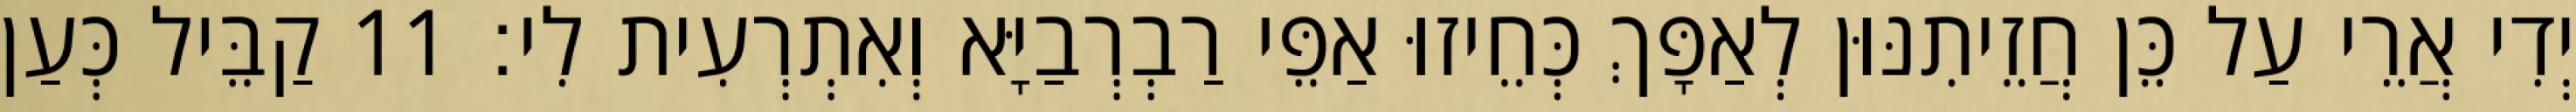
יְדִי אֲרֵי עַל כֵּן חֲזֵיתִנּוּן לְאַפָּךְ כְּחֵיזוּ אַפֵּי רַבְרְבַיָּא וְאִתְרְעִית לִי׃ 11 קַבֵּיל כְּעַן